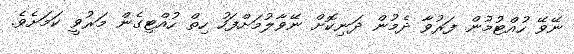
ނޭވޭ ހުއްޓުމުން ފަރުވާ ދެމުން ދަނިކޮށް ނޭވާލުމަށްފަހު ހިތް ހުއްޓިގެން މަރުވީ ކަމަށެވެ.